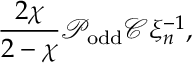
\frac { 2 \chi } { 2 - \chi } \mathcal { P } _ { \mathrm { o d d } } \mathcal { C } \xi _ { n } ^ { - 1 } ,